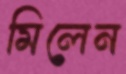
মিলেন